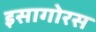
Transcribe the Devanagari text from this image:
इसागोरस